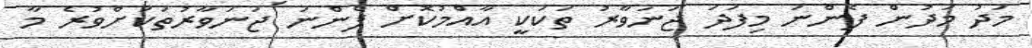
މަދު މަދުން ފެންނަ މިފަދަ ޖަނަވާރު ތަކަކީ އާއްމުކޮށް ފެންނަ ޖަނަވާރުތަކަށްވުރެ މާ